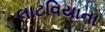
લાટવિયાના